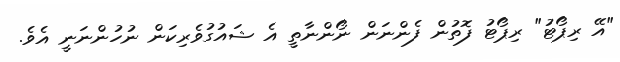
"އޭ ރިޕޯޓު" ރިޕޯޓު ފޮތުން ފެންނަން ނޯންނާތީ އެ ޝައުގުވެރިކަން ނުހުންނަނީ އެވެ.